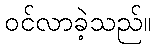
ဝင်လာခဲ့သည်။